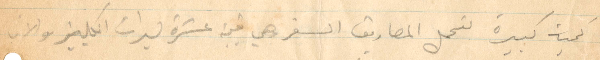
كمية كبيرة لتحمل مصاريف السفر وهي في عشرة ليرات إنكليزي والان